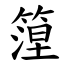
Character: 篞